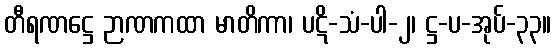
တီရဏဋ္ဌေ ဉာဏကထာ မာတိကာ၊ ပဋိ-သံ-ပါ-၂၊ ဋ္ဌ-ပ-အုပ်-၃၃။